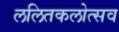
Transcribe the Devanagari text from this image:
ललितकलोत्सव